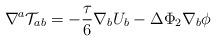
LaTeX: \begin{align*}\nabla^a{\cal T}_{ab}= -\frac{\tau}{6}\nabla_b U_b-\Delta\Phi_2\nabla_b \phi\end{align*}